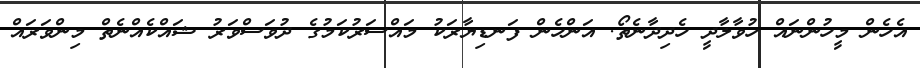
އެހެން މީހުންނައް ހުވާލާދީ ހެދިދާނެތޯ. އަންހެން ފަނޑިޔާރަކު މައްސަރުކަމުގެ ދުވަސްވަރު ޝައްކެއްނެތް މިންވަރައް